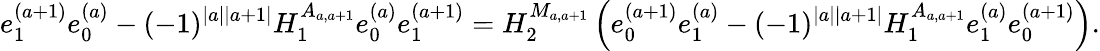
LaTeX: e_{1}^{(a+1)}e_{0}^{(a)}-(-1)^{|a||a+1|}H_{1}^{A_{a,a+1}}e_{0}^{(a)}e_{1}^{(a+1)}=H_{2}^{M_{a,a+1}}\left(e_{0}^{(a+1)}e_{1}^{(a)}-(-1)^{|a||a+1|}H_{1}^{A_{a,a+1}}e_{1}^{(a)}e_{0}^{(a+1)}\right).